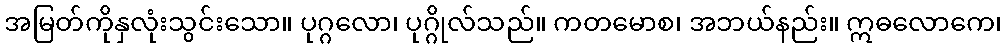
အမြတ်ကိုနှလုံးသွင်းသော။ ပုဂ္ဂလော၊ ပုဂ္ဂိုလ်သည်။ ကတမောစ၊ အဘယ်နည်း။ ဣဓလောကေ၊